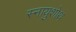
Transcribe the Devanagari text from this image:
स्नायुशोथ